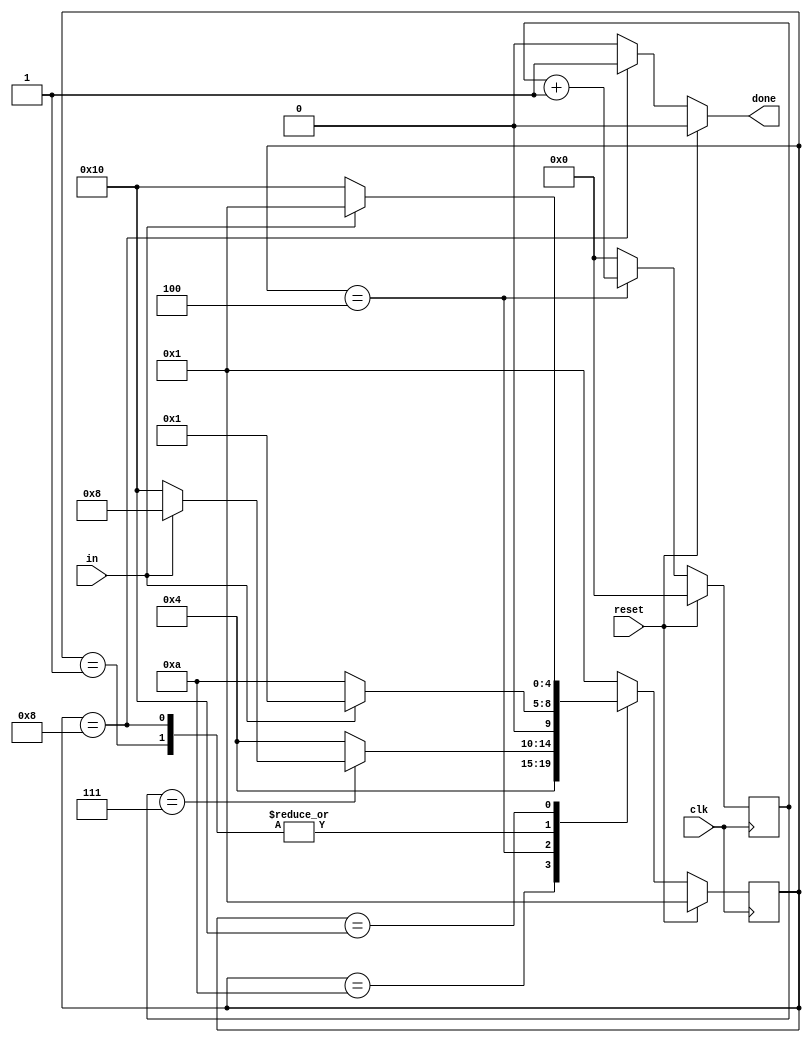
module Fsm_serial_CSDN(
    input  clk  ,
    input  in   ,
    input  reset,    // Synchronous reset
    output reg done  
); 
 	parameter IDLE = 5'd00001;
    parameter START= 5'd00010;
    parameter DATA = 5'd00100;
    parameter STOP = 5'd01000;
    parameter WAIT = 5'd10000;
    
    reg [4:0]	state;
    reg [4:0]	next_state;
    reg [3:0]	count;

        
// 第一段 状态寄存器
    always @(posedge clk)begin
        if(reset)begin
            state <= IDLE;
        end
        else begin
            state <= next_state;
        end
    end
//第二段 组合逻辑描述状态转移
    always @(*)begin
        case(state)
            IDLE :begin
                if(in == 1'b0)
                    next_state = START;
                else
                    next_state = IDLE;
            end
            START:begin
                next_state = DATA;
            end
            DATA :begin
                if(count == 4'd7)begin //计数8次，说明8个数据接收完成
                    if(in == 1'b1) //出现停止位
                        next_state = STOP;
                    else
                        next_state = WAIT; 
                end
                else
                       next_state = DATA;
            end
            STOP :begin
                if(in == 1'b0)
                    next_state = START;
                else
                    next_state = IDLE;
            end
            WAIT :begin
                if(in == 1'b0)
                    next_state = WAIT;
                else
                    next_state = IDLE;
            end
            default:begin 
                next_state = IDLE;   
            end
        endcase
    end
//第三段 组合逻辑描述输出
    always @(*)begin
        if(reset)
            done = 1'b0;
        else if(state == STOP)
            done = 1'b1;
        else
            done = 1'b0;
    end
    
    
 //计数器设计
    always @(posedge clk)begin
        if(reset)
            count <= 4'b0;
        else if(state == DATA)begin
            count <= count + 1'b1;
        end
        else
            count <= 4'b0;
    end

endmodule